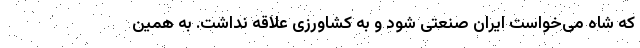
که شاه می‌خواست ایران صنعتی شود و به کشاورزی علاقه نداشت. به همین